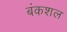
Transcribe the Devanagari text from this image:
बंकशल